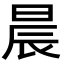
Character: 晨